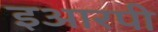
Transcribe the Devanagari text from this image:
इआरपी